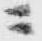
ニ